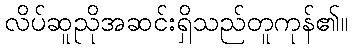
လိပ်ဆူညိုအဆင်းရှိသည်တူကုန်၏။